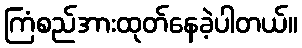
ကြံစည်အားထုတ်နေခဲ့ပါတယ်။